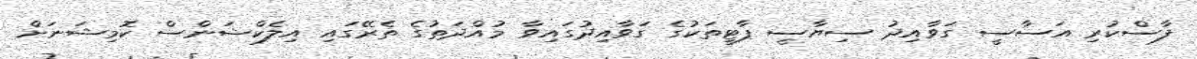
ފާސްކުރި އަސާސީ ގަވާއިދު ސިޔާސީ ޕާޓީތަކުގެ ގަވާއިދުގައިވާ މުއްދަތުގެ ތެރޭގައި އިލެކްޝަންސް ކޮމިޝަނަށް